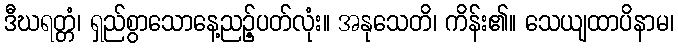
ဒီဃရတ္တံ၊ ရှည်စွာသောနေ့ညဉ့်ပတ်လုံး။ အနုသေတိ၊ ကိန်း၏။ သေယျထာပိနာမ၊